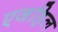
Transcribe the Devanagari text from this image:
एजहिल